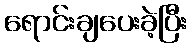
ရောင်းချပေးခဲ့ပြီး